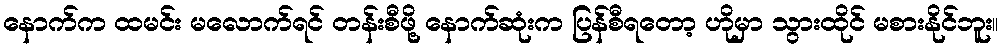
နောက်က ထမင်း မလောက်ရင် တန်းစီဖို့ နောက်ဆုံးက ပြန်စီရတော့ ဟိုမှာ သွားထိုင် မစားနိုင်ဘူး။